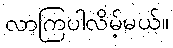
လာကြပါလိမ့်မယ်။